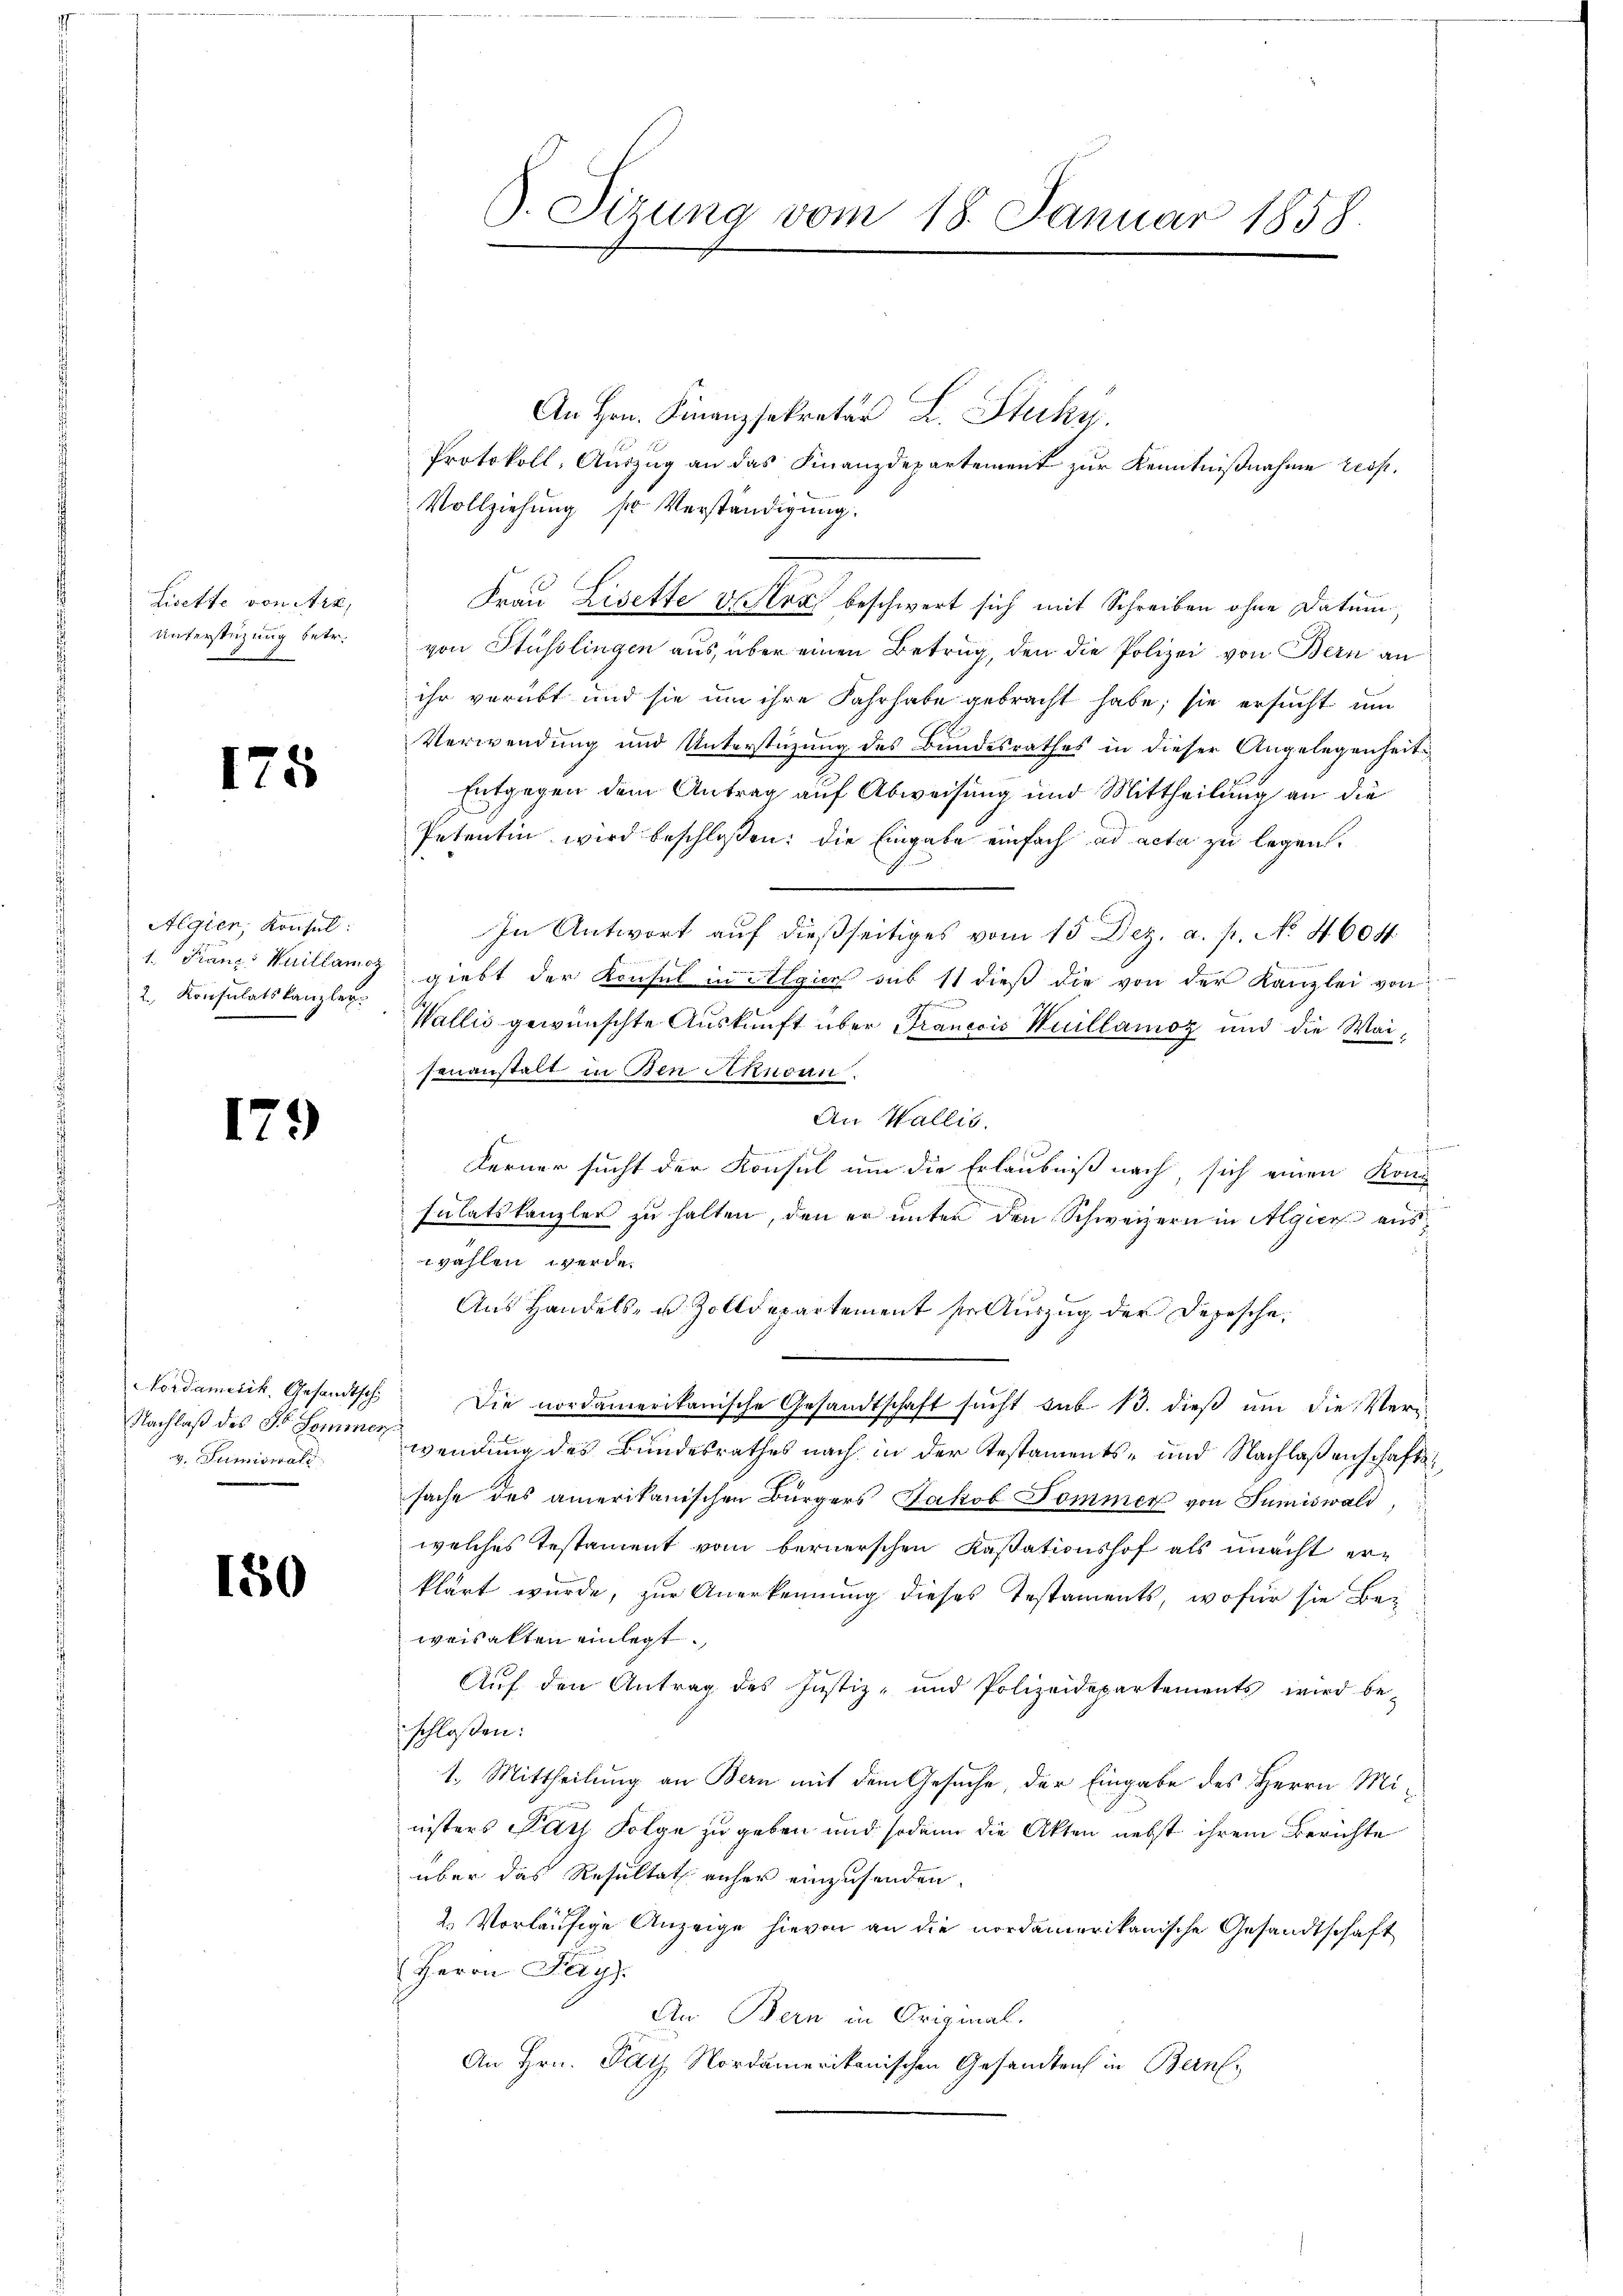
Ziette von itre,
Unterstüzung betr.

.

8

Algien, Konsul:
2. Konsulatskanzler

179

Nachlaß des St. Sommer
v. Primiswald
e

150

An Hrn. Finanzsekretär L. Stucky.
Protokoll, Auszug an das Finanzdepartement zur Kenntnißnahme reis.
Vollziehung sr Verständigung.
Frau Lisette v. Merz beschwert sich mit Schreiben ohne Datum,
von Stüsslingen aus, über einen Betrug, den die Polizei von Bern an
ihr verübt und sie um ihre Fahrhabe gebracht habe; sie ersucht um
Verwendung und Unterstüzung des Bundesrathes in dieser Angelegenheit
Entgegen dem Antrag auf Abweisung und Mittheilung an die
Petentin wird beschloßen: die Eingabe einfach ad acta zu legen.
In Antwort auf dießseitiges vom 15 Dez. a. p. No. 4604
1. Franz Kuillanz giebt der Konsul in Algica sub 11 dieß die von der Kanzlei von
Wallis gewünschte Auskunft über Franccio Wuillamoz und die Waisenanstalt in den Schnoan
An Wallis.
t
Ferner sucht der Konsul um die Erlaubniß nach, sich einen Konsulatskanzler zu halten, den er unter den Schweizern in Algier auswählen werde.
Aus Handels- u. Zolldepartement ser Auszug der Depesche,
Nordamerik, Gesandtsch. Die nordamerikanische Gesandtschaft sucht sub. 13. dieß um die Verwendung des Bundesrathes nach in der Testaments- und Nachlaßenschaftssache des amerikanischen Bürgers Jakob Sommer von Summiswald,
welches Testament vom bernerschen Kassationshof als unacht erklärt wurde, zur Anerkennung dieses Testaments, wofür sie Be-
weisatten einlegt.
Auf den Antrag des Justiz- und Polizeidepartements wird be-
schloßen:
1. Mittheilung an Bern mit dem Gesuche, der Eingabe des Herrn Ministers Path Folge zu geben und sodann die Akten nebst ihrem Berichte
über das Resultat anher einzusenden.
2. Vorläufige Anzeige hievon an die nordamerikanische Gesandtschaft
Herrn Pays
An Bern in Original.
An Hrn. Ply Nordamerikanischen Gesandten in Bern,

S. Sitzung vom 18. Januar 1858.